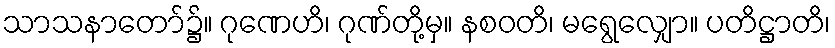
သာသနာတော်၌။ ဂုဏေဟိ၊ ဂုဏ်တို့မှ။ နစဝတိ၊ မရွေလျှော။ ပတိဋ္ဌာတိ၊